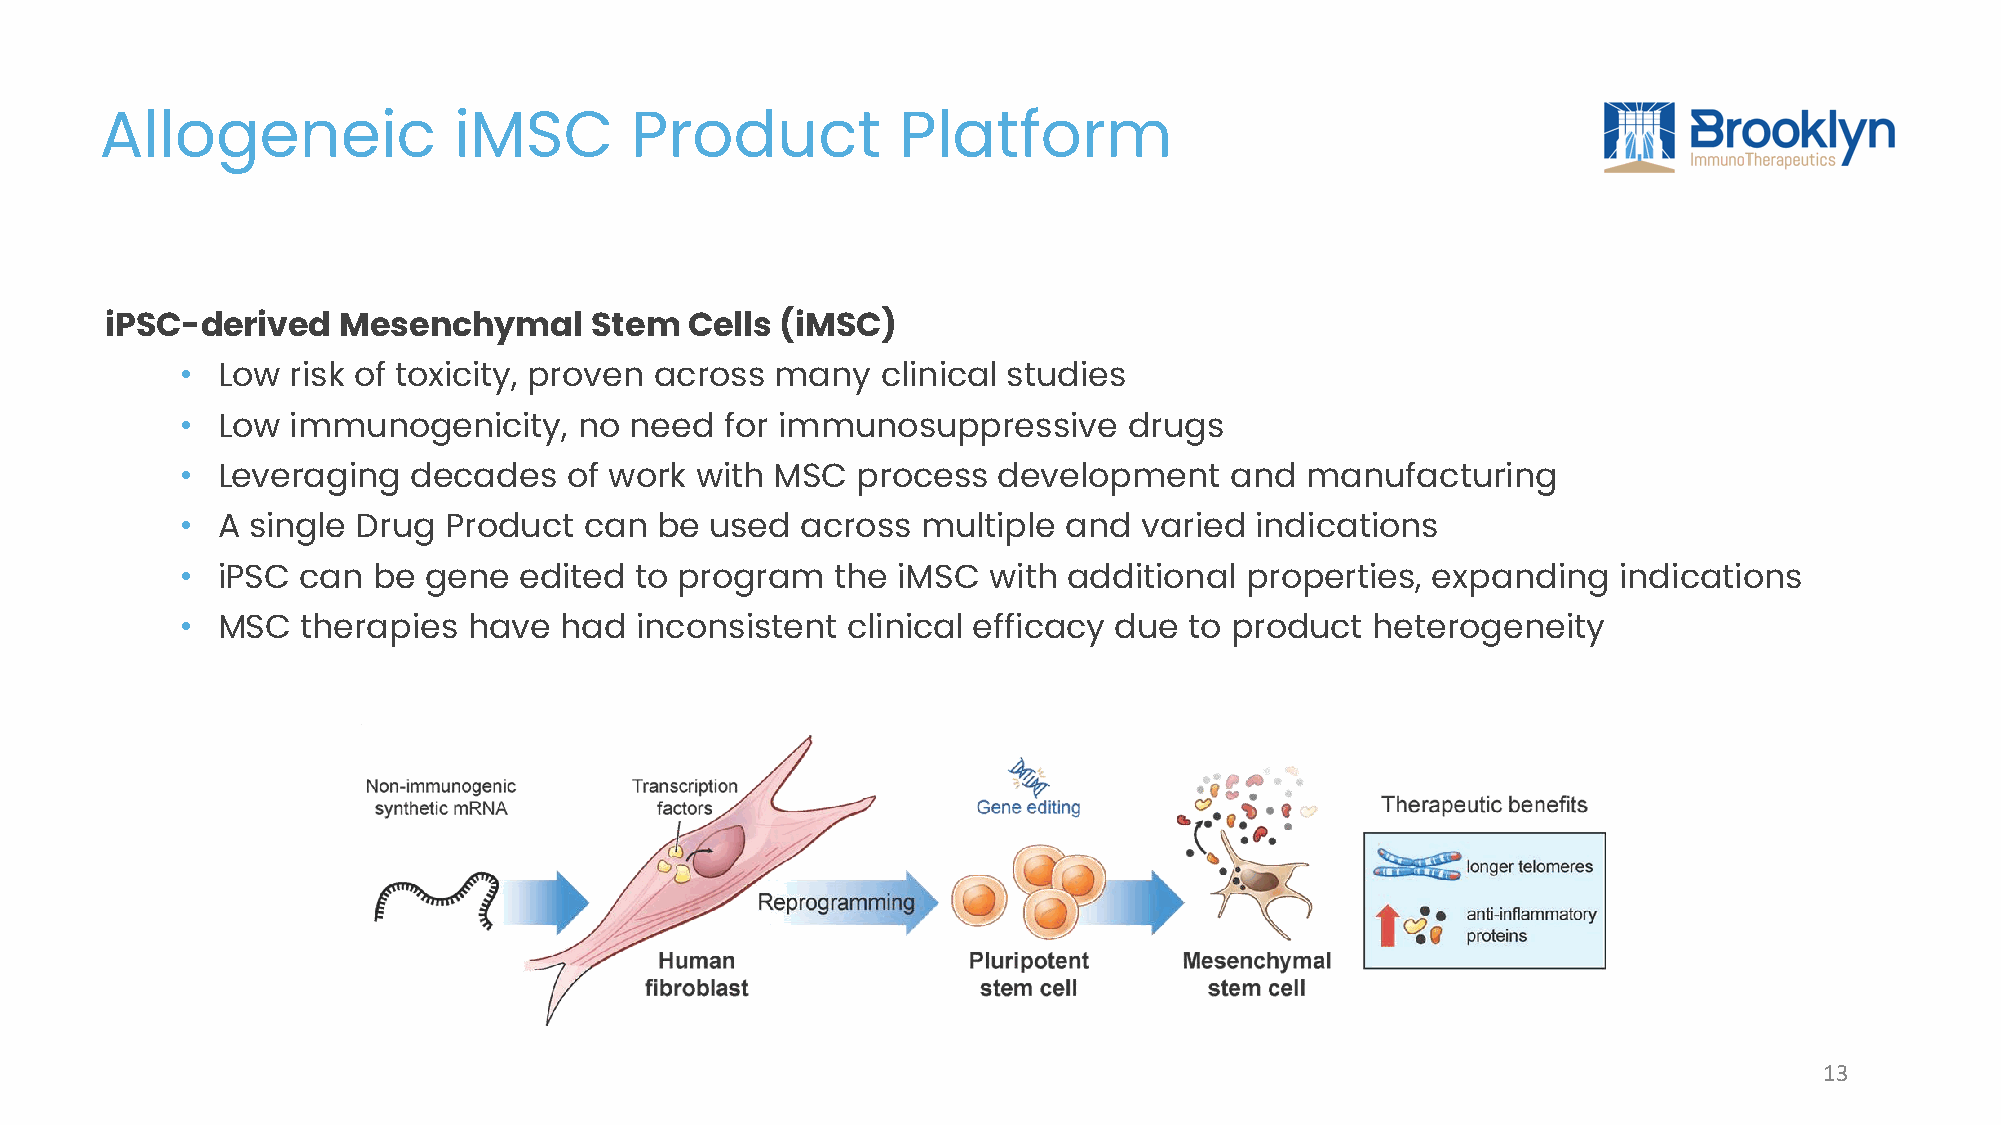
Allogeneic             iMSC        Product           Platform
 iPSC-derived   Mesenchymal      Stem   Cells (iMSC)
 • Low  risk of toxicity, proven across many   clinical studies
 • Low  immunogenicity,    no  need  for immunosuppressive      drugs
 • Leveraging   decades    of work with MSC   process  development    and  manufacturing
 • A single  Drug Product   can be  used  across  multiple and   varied indications
 • iPSC  can  be gene  edited  to program   the iMSC  with  additional properties,  expanding   indications
 • MSC   therapies  have  had  inconsistent  clinical efficacy due  to product  heterogeneity
 13